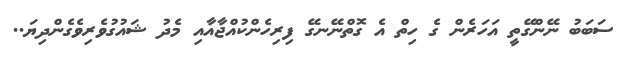
ސަބަބު ނޭންގޭތީ އަހަރެން ގެ ހިތް އެ ގޮތްނޭނގޭ ފިރިހެންކުއްޖާއާއި މެދު ޝައުގުވެރިވެގެންދިޔަ..